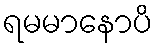
ရမမာနောပိ